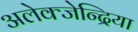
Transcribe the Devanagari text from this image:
अलेक्जेन्द्रिया